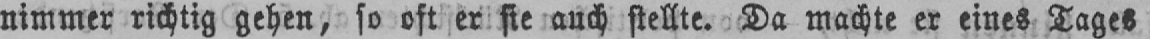
nimmer richtig gehen, so oft er sie auch stellte. Da machte er eines Tages